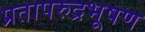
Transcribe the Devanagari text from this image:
प्रतापरुद्रभूषण